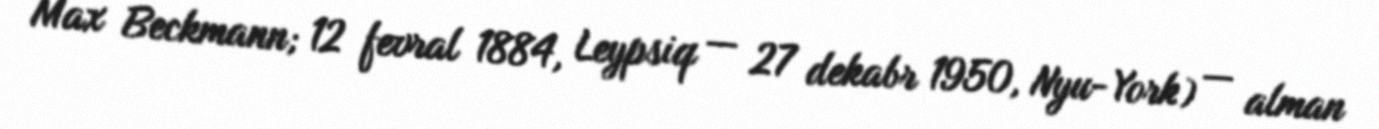
Max Beckmann; 12 fevral 1884, Leypsiq — 27 dekabr 1950, Nyu-York) — alman